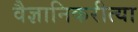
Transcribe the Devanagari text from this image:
वैज्ञानिकरीत्या